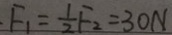
F _ { 1 } = \frac { 1 } { 2 } F _ { 2 } = 3 0 N